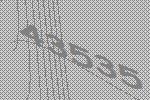
43535